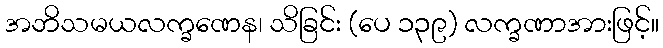
အဘိသမယလက္ခဏေန၊ သိခြင်း (ပေ ၁၃၉) လက္ခဏာအားဖြင့်။